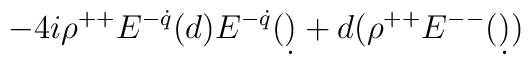
-4i\rho^{++}E^{-\dot q}(d)E^{-\dot q}(\d)+d(\rho^{++}E^{--}(\d))